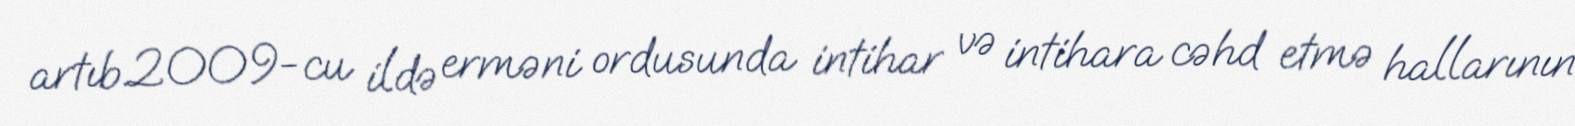
artıb.2009-cu ildə erməni ordusunda intihar və intihara cəhd etmə hallarının